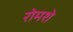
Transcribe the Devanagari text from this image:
रोमशे